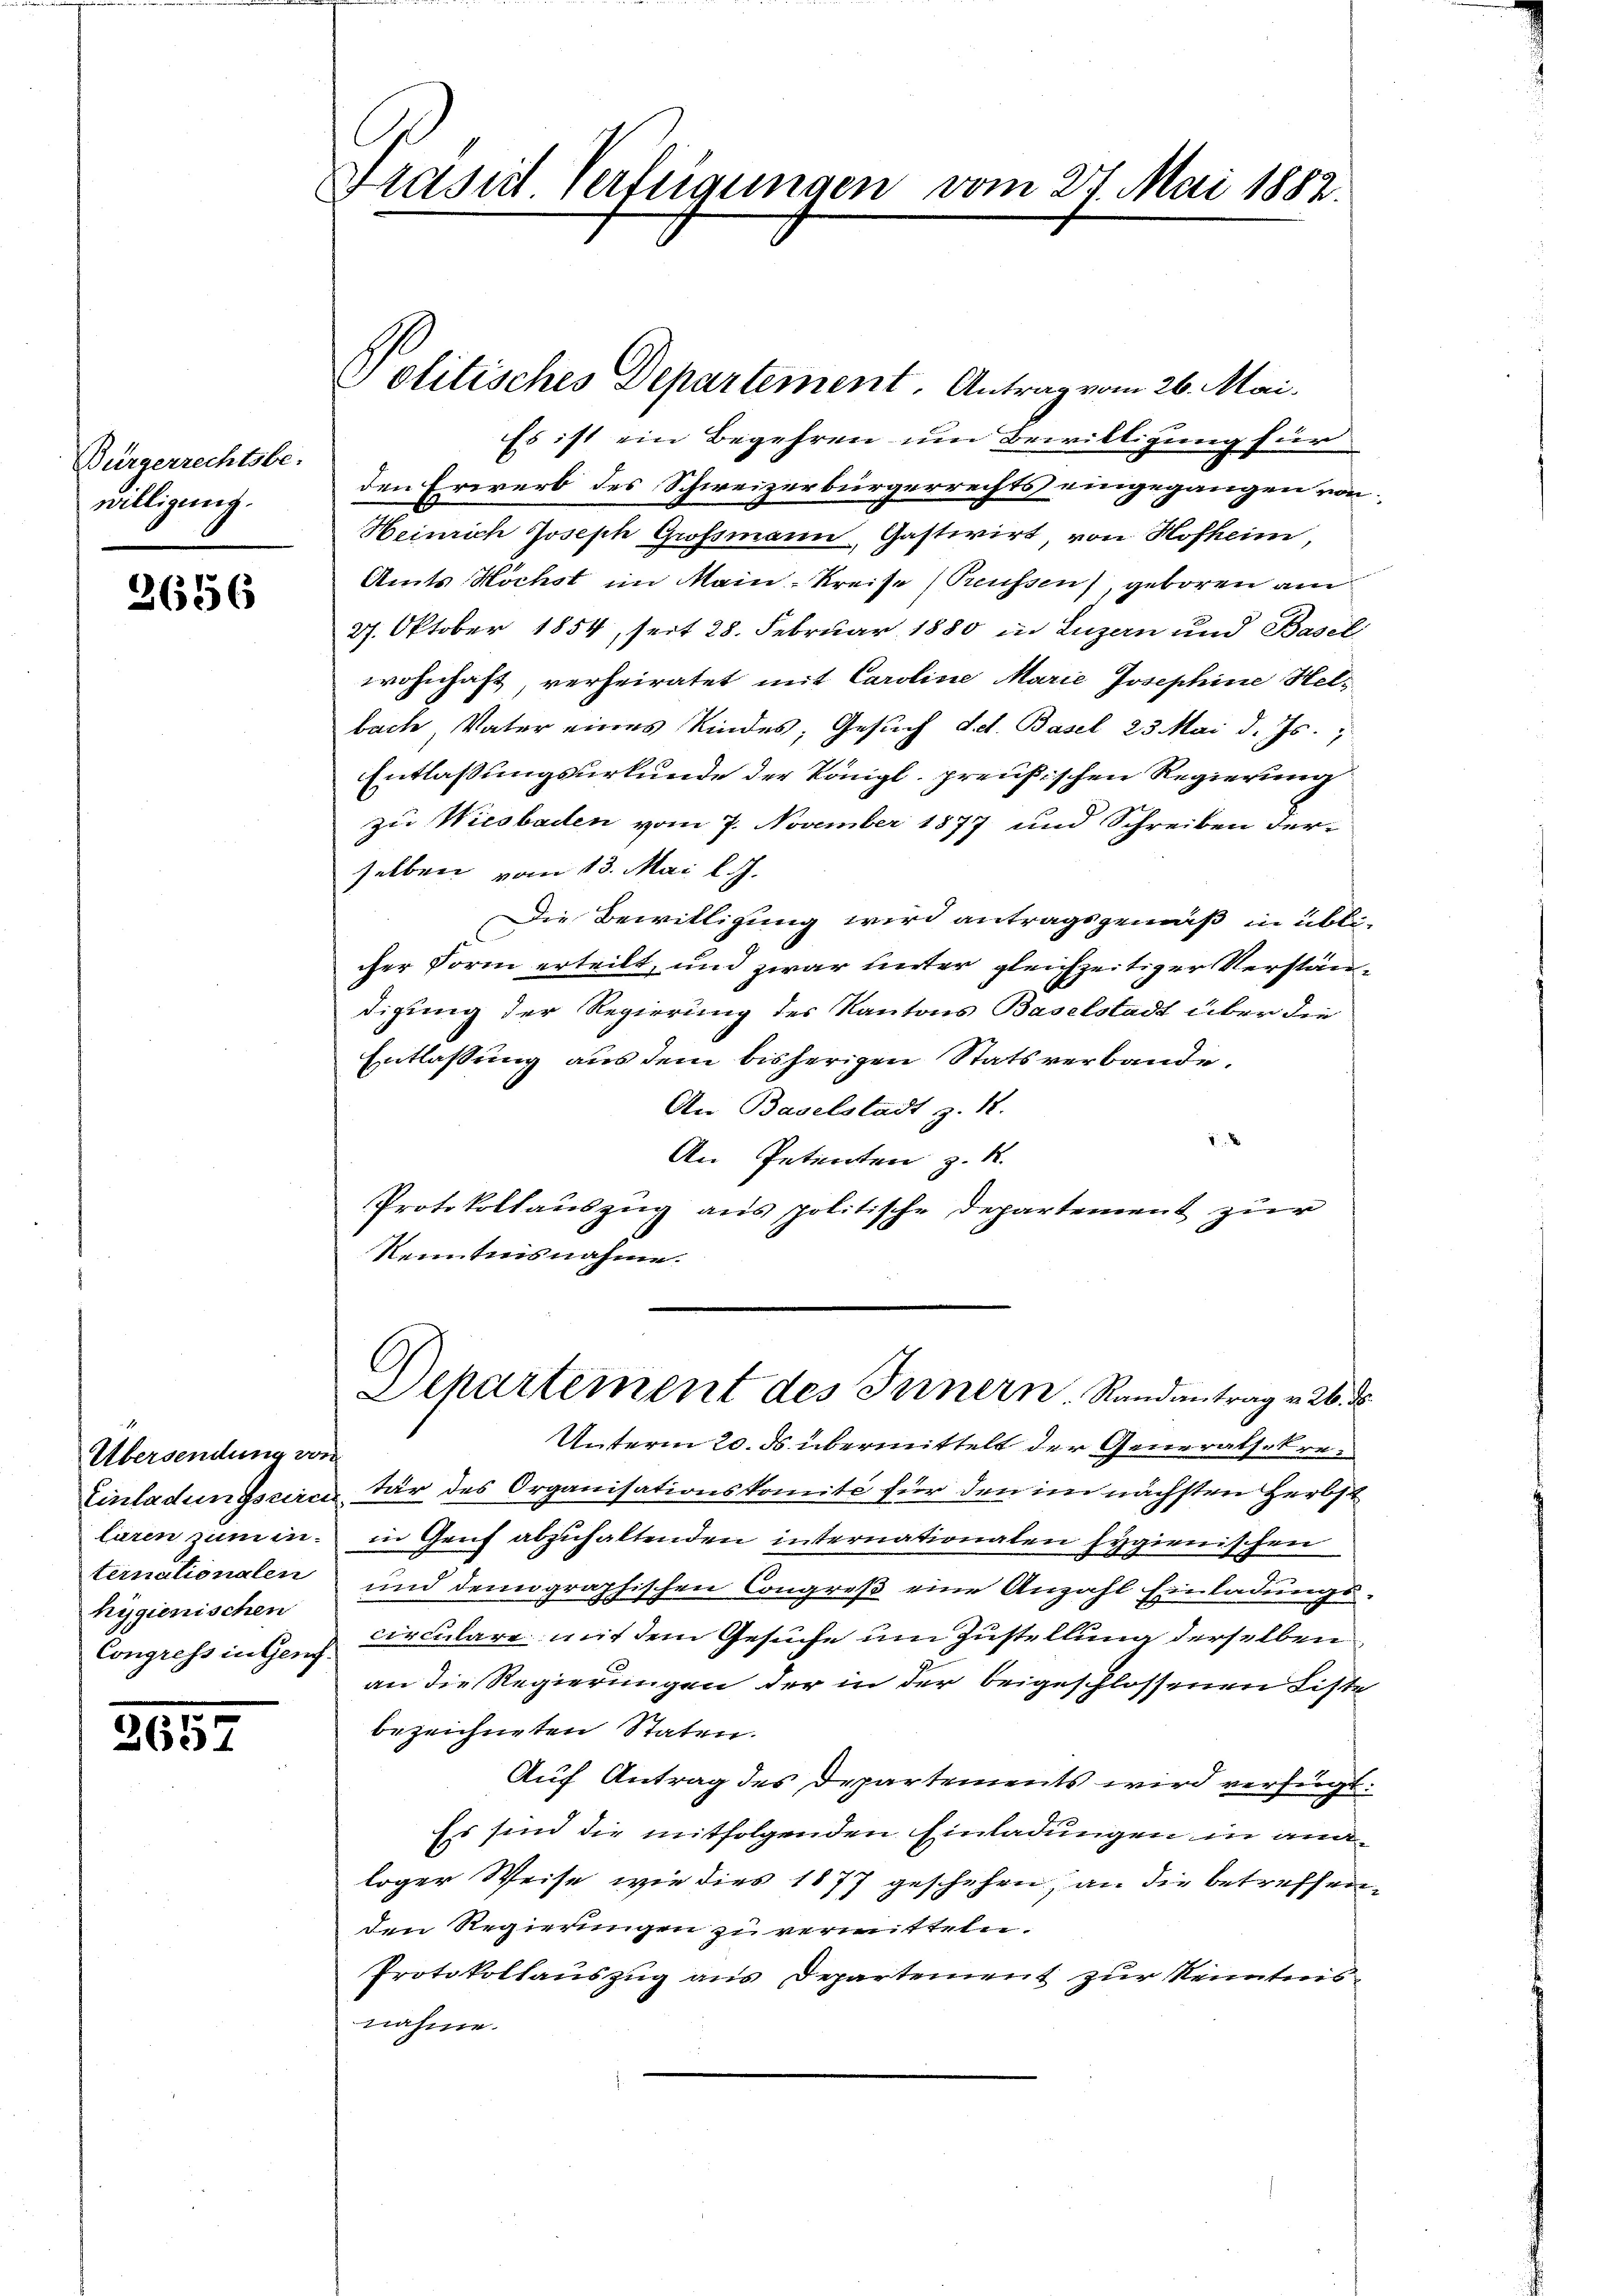
Bürgerrechtsbe-
willigung.

2656

Übersendung von
laren zum internationalen
hygienischen

657

Präses Verfügungen vom 27. Mai 1882.

Es ist ein Begehren um Bewilligung für
den Erwerb des Schweizerbürgerrechts eingegangen von
Heinrich Joseph Grossmann, Gastivirt, von Hofheim,
Amts Höchst im Main-Kreise (Preussen, geboren am
27. Oktober 1854, seit 28. Februar 1880 in Luzern und Basel
wohnhaft, verheiratet mit Caroline Marie Josephine Hels
bache, Vater eines Kindes, Gesuch Sect. Basel 23. Mai d. Js.
Entlassungsurkunde der Königl. preußischen Regierung
zu Wiesbaden vom 7. November 1877 und Schreiben der-
selben vom 13. Mai l. J.
Die Bewilligung wird antragsgemäß in übli-
cher Form erteilt, und zwar unter gleichzeitiger Verständigung der Regierung des Kantons Baselstadt über die
Entlassung aus dem bisherigen Statsverbande.
An Baselstadt z. 18.
An Petenten z. R.
Protokollauszug aus politische Departement zur
Kenntnisnahme.

Solitisches Departement. Antrag vom 26. Mai.

Unterm 20. ds übermittelt der Generalsekre¬
Einladungsurc tär des Organisationskomité für den im nächsten Herbst
in Genf abzuhaltenden internationalen fygienischen
und demographischen Congreß eine Anzahl Einladungs¬
Congress in Genf circulare mit dem Gesuche um Zustellung derselben
an die Regierungen der in der beigeschlossenen Liste
bezeichneten Staten.
Auf Antrag des Departements wird verfügt:
Es sind die mitfolgenden Einladungen in analoger Weise wie dies 1877 geschehen, an die betreffenden Regierungen zu vermitteln.
Protokollaŭszŭg ans Departement zur Kenntnis-
nahme.

Departement des Innern. Randantrag v. 26. ds.